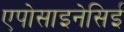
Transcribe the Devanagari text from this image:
एपोसाइनेसिई